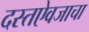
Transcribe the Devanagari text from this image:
दस्तऐवजाचा